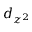
d _ { z ^ { 2 } }